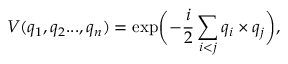
V ( q _ { 1 } , q _ { 2 } . . . , q _ { n } ) = \exp \biggl ( - \frac { i } { 2 } \sum _ { i < j } q _ { i } \times q _ { j } \biggr ) ,